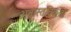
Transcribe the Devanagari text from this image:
अवास्तविकता